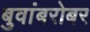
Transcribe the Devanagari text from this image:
बुवांबरोबर